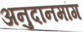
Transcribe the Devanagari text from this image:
अनुदानमांग